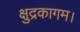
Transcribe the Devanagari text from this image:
क्षुद्रकागम।